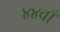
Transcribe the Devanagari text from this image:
४४वाँ